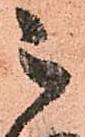
被